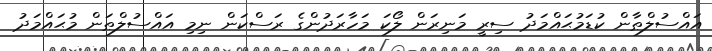
އައްސުލްޠާން ކުޑަމުޙައްމަދު ސިރީ މަނިރަން ލޯކަ މަހާރަދުންގެ ރަސްކަން ނިމި އައްސުލްޠަން މުޙައްމަދު